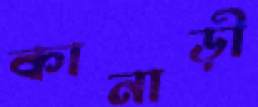
কানাড়ী